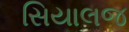
સિયાલજ